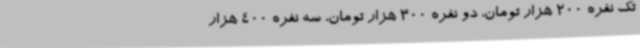
تک نفره 200 هزار تومان، دو نفره 300 هزار تومان، سه نفره 400 هزار